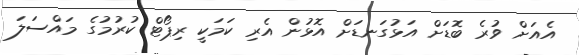
އެއަށް ވުރެ ބޮޑަށް އަޅުގަނޑަށް އޮޅުން އެރި ކަމަކީ ރިޕޯޓް ކުރުމުގެ މައްސަލަ